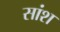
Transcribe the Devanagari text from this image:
सांश